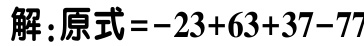
解：原式\(=-23 + 63 + 37 - 77\)